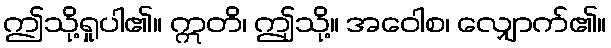
ဤသို့ရှုပါ၏။ ဣတိ၊ ဤုသို့။ အဝေါစ၊ လျှောက်၏။